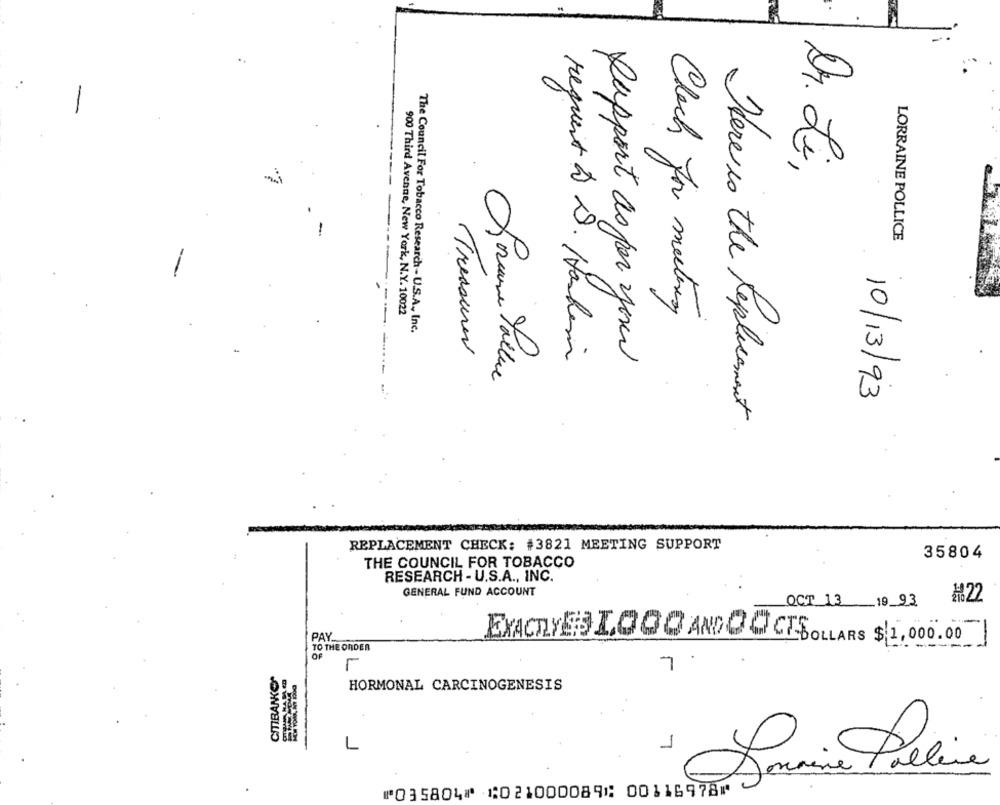
Dr. Li
LORRAINE POLLICE
900 Third Avenue, New York, N.Y. 10022
Check for meeting
The Council For Tobacco Research - U.S.A ., Inc.
Treasures
request & D. Hanhim
Rapport as per your
Soreance Pollue
10/13/93
-- -
There is the Replacement
REPLACEMENT CHECK: #3821 MEETING SUPPORT
35804
THE COUNCIL FOR TOBACCO
RESEARCH - U.S.A ., INC.
GENERAL FUND ACCOUNT
OCT 13 123
#22
PAY.
EXACTLY$ 1000 AND OGCE DOLLARS $ 1,000.00
TO THE ORDER
OF
CITIBANKCOR
7
HORMONAL CARCINOGENESIS
L
7
Formina Péline
⑈035804⑈ ⑆021000089⑆ 00116978⑈